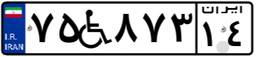
۷۵W۸۷۳۱۴